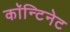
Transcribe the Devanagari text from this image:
काॅन्टिनेट